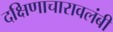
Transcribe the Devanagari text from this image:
दक्षिणाचारावलंबी